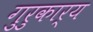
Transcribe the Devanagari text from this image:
गुरुकार्य